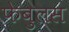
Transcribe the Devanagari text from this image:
फेबुलस